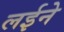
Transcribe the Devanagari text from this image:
लईने